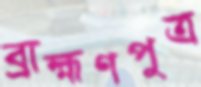
ব্রাহ্মণপুত্র